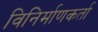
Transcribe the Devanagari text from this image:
विनिर्माणकर्ता